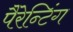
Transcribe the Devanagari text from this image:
पैरेन्टिंग